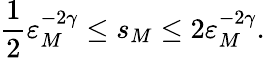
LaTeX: \frac 12\varepsilon_{M}^{-2\gamma}\leq s_{M}\leq 2\varepsilon_{M}^{-2\gamma}.